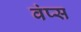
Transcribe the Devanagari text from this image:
वंप्स